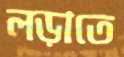
লড়াতে